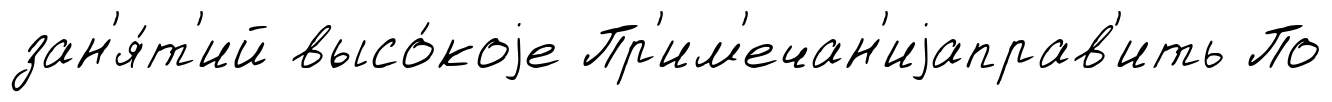
зан'я́т'ий высо́коjе Пр'им'ечан'иjаправ'ить По